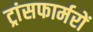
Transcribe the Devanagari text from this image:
ट्रांसफार्मरों